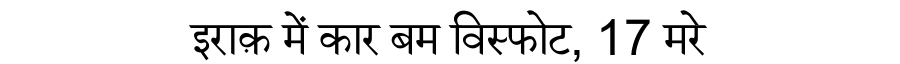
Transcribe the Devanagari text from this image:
इराक़ में कार बम विस्फोट, 17 मरे